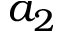
a _ { 2 }